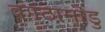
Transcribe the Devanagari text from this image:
काठामांडु